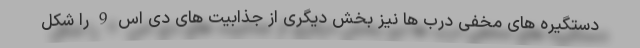
دستگیره های مخفی درب ها نیز بخش دیگری از جذابیت های دی اس 9 را شکل